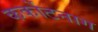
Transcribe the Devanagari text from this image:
कर्कोटनाग